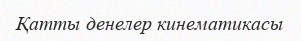
Қатты денелер кинематикасы